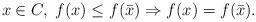
LaTeX: \begin{align*} x\in C,\;f(x)\leq f(\bar x)\Rightarrow f(x)=f(\bar x).\end{align*}